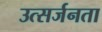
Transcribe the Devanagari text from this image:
उत्सर्जनता